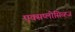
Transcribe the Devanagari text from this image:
एक्सप्लोसिव्ह्ज